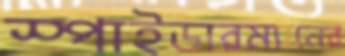
স্পাইডারম্যানের